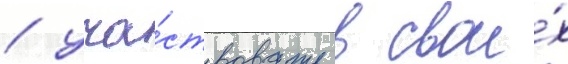
/ уча́ствовать в свои́х